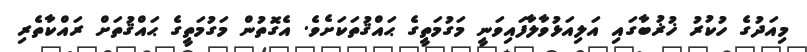
މިއަދުގެ ހުކުރު ޚުޜުބާގައި އަލިއަޅުވާލާފައިވަނީ މަގުމަތީގެ ޙައްޤުތަކަށެވެ. އެގޮތުން މަގުމަތީގެ ޙައްޤުތަށް ރައްކާތެރި